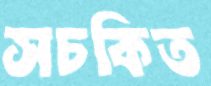
সচকিত